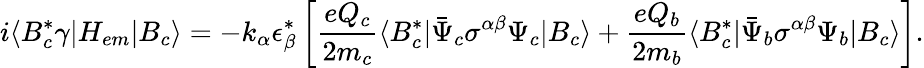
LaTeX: i\langle B_{c}^{*}\gamma|H_{em}|B_{c}\rangle=-k_{\alpha}\epsilon_{\beta}^{*}\left[\frac{eQ_{c}}{2m_{c}}\langle B_{c}^{*}|\bar{\Psi}_{c}{\sigma}^{\alpha\beta}\Psi_{c}|B_{c}\rangle+\frac{eQ_{b}}{2m_{b}}\langle B_{c}^{*}|\bar{\Psi}_{b}{\sigma}^{\alpha\beta}\Psi_{b}|B_{c}\rangle\right].